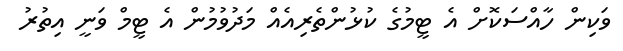
ވަކިން ހާއްސަކޮށް އެ ޓީމުގެ ކުޅުންތެރިއެއް މަދުވުމުން އެ ޓީމް ވަނީ އިތުރު